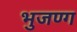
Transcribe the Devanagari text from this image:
भुजण्ग